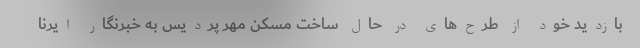
بازدید خود از طرح‌های در حال ساخت مسکن مهر پردیس به خبرنگار ایرنا